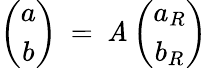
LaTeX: \left(\begin{array}{c}{{a}}\\ {{b}}\end{array}\right)\: =\: {\cal\mathit{A}}\left(\begin{array}{c}{{a_{R}}}\\ {{b_{R}}}\end{array}\right)